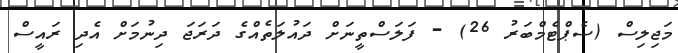
މަޖިލިސް (ސެޕްޓެމްބަރު 26) - ފަލަސްތީނަށް ދައުލަތެއްގެ ދަރަޖަ ދިނުމަށް އެދި ރައީސް